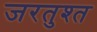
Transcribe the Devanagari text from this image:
जरतुश्त